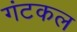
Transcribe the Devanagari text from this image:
गंटकल